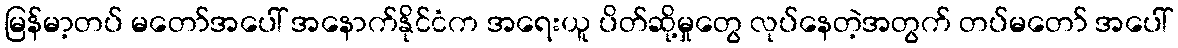
မြန်မာ့တပ် မတော်အပေါ် အနောက်နိုင်ငံက အရေးယူ ပိတ်ဆို့မှုတွေ လုပ်နေတဲ့အတွက် တပ်မတော် အပေါ်